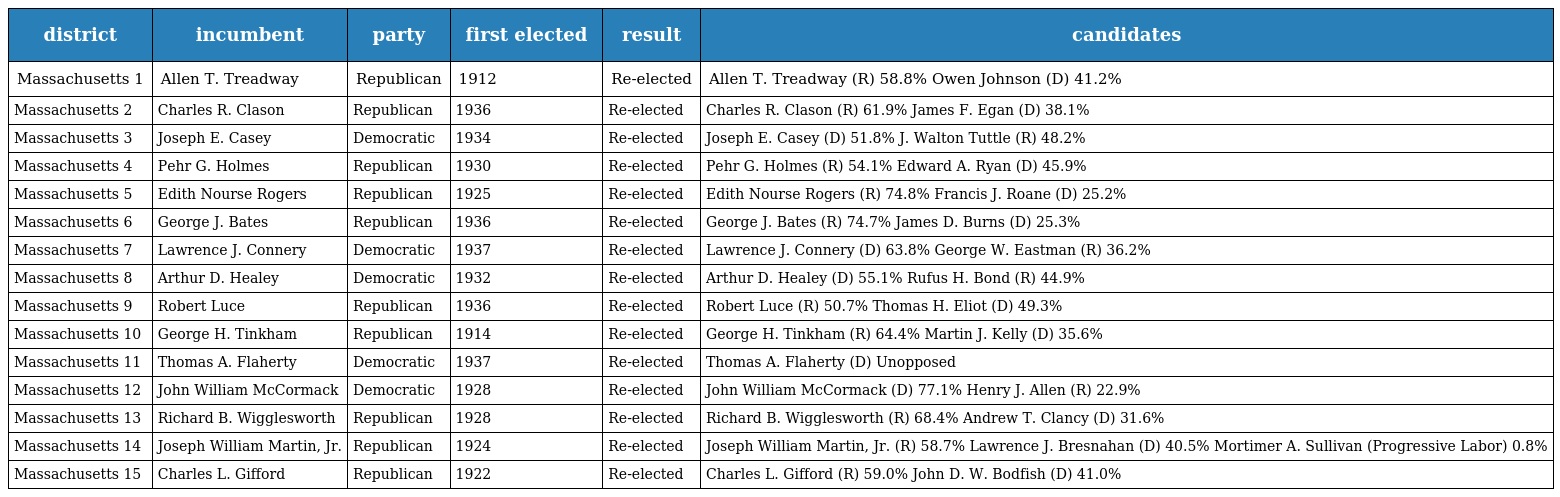
| district | incumbent | party | first elected | result | candidates |
 | --- | --- | --- | --- | --- | --- |
 | Massachusetts 1 | Allen T. Treadway | Republican | 1912 | Re-elected | Allen T. Treadway (R) 58.8% Owen Johnson (D) 41.2% |
 | Massachusetts 2 | Charles R. Clason | Republican | 1936 | Re-elected | Charles R. Clason (R) 61.9% James F. Egan (D) 38.1% |
 | Massachusetts 3 | Joseph E. Casey | Democratic | 1934 | Re-elected | Joseph E. Casey (D) 51.8% J. Walton Tuttle (R) 48.2% |
 | Massachusetts 4 | Pehr G. Holmes | Republican | 1930 | Re-elected | Pehr G. Holmes (R) 54.1% Edward A. Ryan (D) 45.9% |
 | Massachusetts 5 | Edith Nourse Rogers | Republican | 1925 | Re-elected | Edith Nourse Rogers (R) 74.8% Francis J. Roane (D) 25.2% |
 | Massachusetts 6 | George J. Bates | Republican | 1936 | Re-elected | George J. Bates (R) 74.7% James D. Burns (D) 25.3% |
 | Massachusetts 7 | Lawrence J. Connery | Democratic | 1937 | Re-elected | Lawrence J. Connery (D) 63.8% George W. Eastman (R) 36.2% |
 | Massachusetts 8 | Arthur D. Healey | Democratic | 1932 | Re-elected | Arthur D. Healey (D) 55.1% Rufus H. Bond (R) 44.9% |
 | Massachusetts 9 | Robert Luce | Republican | 1936 | Re-elected | Robert Luce (R) 50.7% Thomas H. Eliot (D) 49.3% |
 | Massachusetts 10 | George H. Tinkham | Republican | 1914 | Re-elected | George H. Tinkham (R) 64.4% Martin J. Kelly (D) 35.6% |
 | Massachusetts 11 | Thomas A. Flaherty | Democratic | 1937 | Re-elected | Thomas A. Flaherty (D) Unopposed |
 | Massachusetts 12 | John William McCormack | Democratic | 1928 | Re-elected | John William McCormack (D) 77.1% Henry J. Allen (R) 22.9% |
 | Massachusetts 13 | Richard B. Wigglesworth | Republican | 1928 | Re-elected | Richard B. Wigglesworth (R) 68.4% Andrew T. Clancy (D) 31.6% |
 | Massachusetts 14 | Joseph William Martin, Jr. | Republican | 1924 | Re-elected | Joseph William Martin, Jr. (R) 58.7% Lawrence J. Bresnahan (D) 40.5% Mortimer A. Sullivan (Progressive Labor) 0.8% |
 | Massachusetts 15 | Charles L. Gifford | Republican | 1922 | Re-elected | Charles L. Gifford (R) 59.0% John D. W. Bodfish (D) 41.0% |